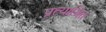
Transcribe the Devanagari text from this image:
प्रत्याश्रित